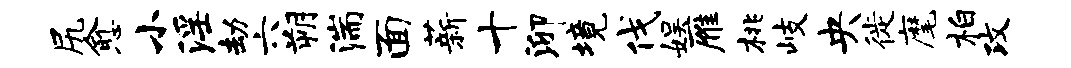
尻愈小淫劫六朔湍面薪十泖境伐娱雁桃岐央徙麾柏攻